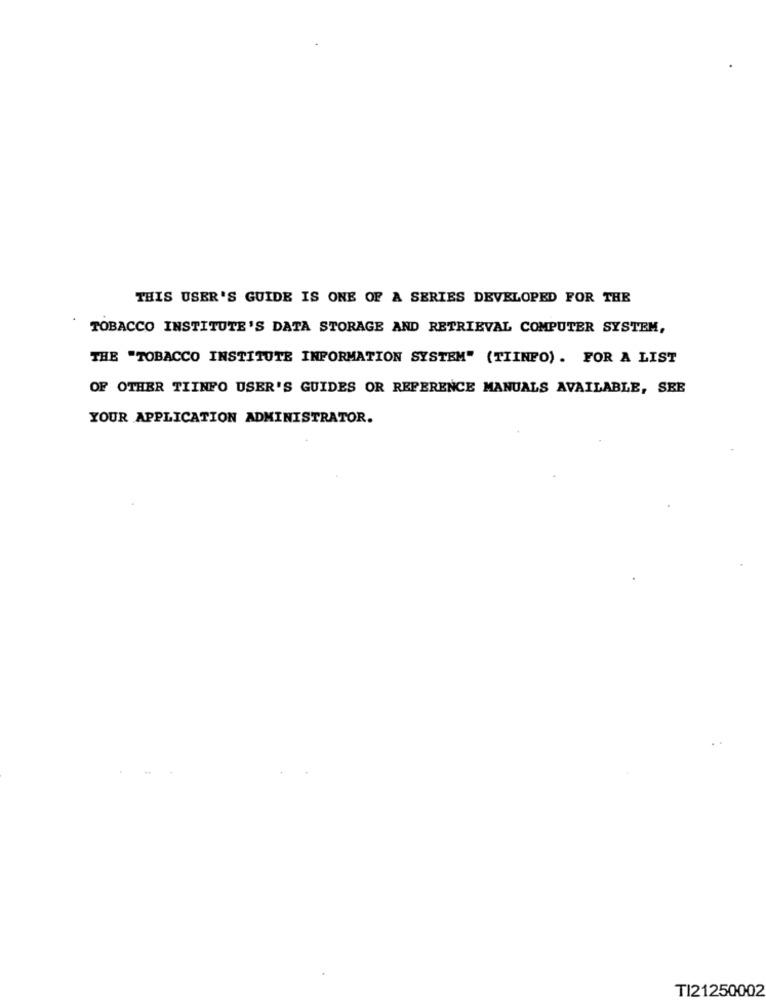
THIS USER'S GUIDE IS ONE OF A SERIES DEVELOPED FOR THE
TOBACCO INSTITUTE'S DATA STORAGE AND RETRIEVAL COMPUTER SYSTEM,
THE "TOBACCO INSTITUTE INFORMATION SYSTEM" (TIINFO). FOR A LIST
OF OTHER TIINFO USER'S GUIDES OR REFERENCE MANUALS AVAILABLE, SEE
YOUR APPLICATION ADMINISTRATOR.
TI21250002